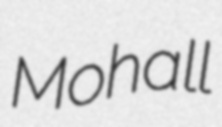
Mohall